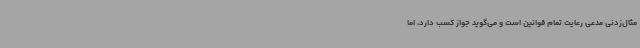
مثال‌زدنی مدعی رعایت تمام قوانین است و می‌گوید جواز کسب دارد، اما